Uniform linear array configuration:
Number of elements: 4
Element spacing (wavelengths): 1
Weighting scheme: uniform
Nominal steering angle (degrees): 45
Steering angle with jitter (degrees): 44.915
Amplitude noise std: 0.05
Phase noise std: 0.05

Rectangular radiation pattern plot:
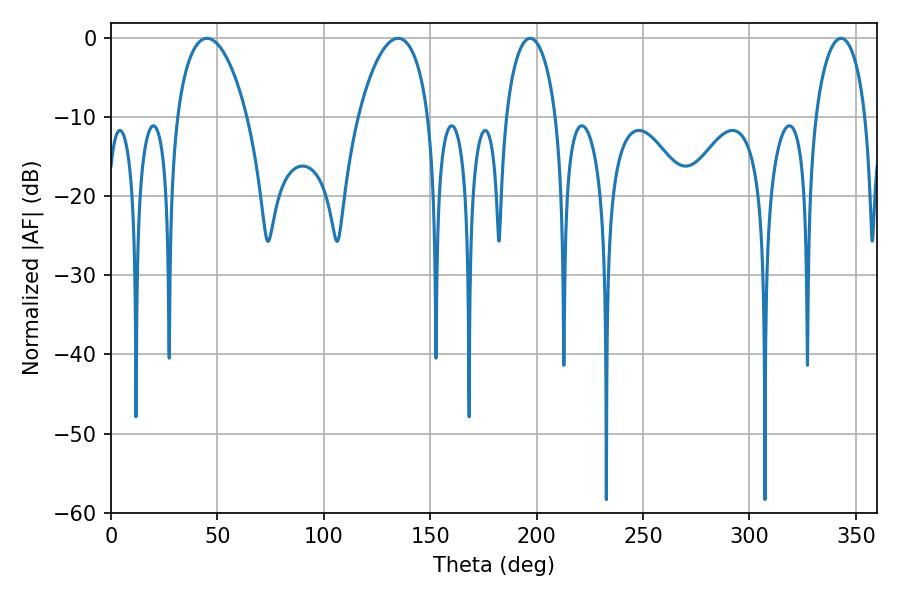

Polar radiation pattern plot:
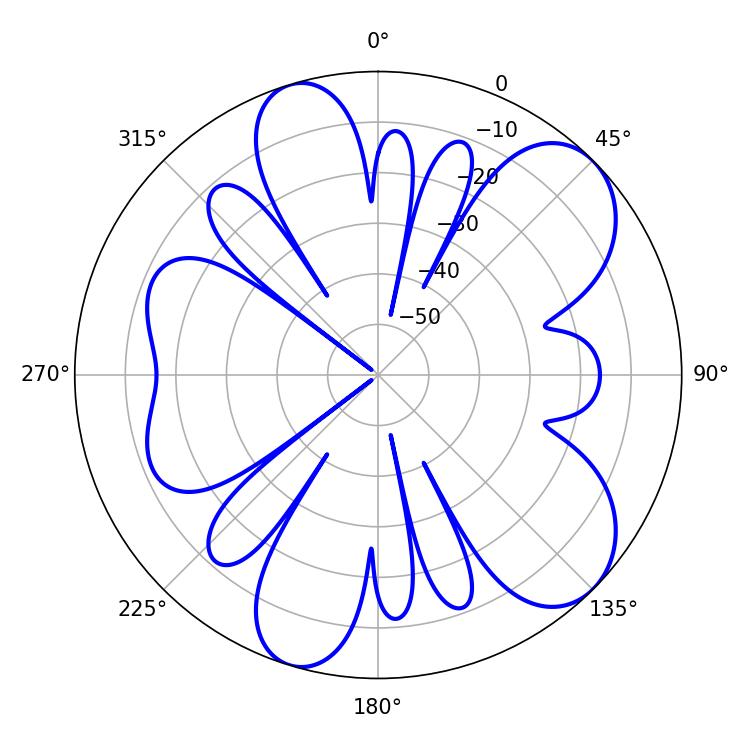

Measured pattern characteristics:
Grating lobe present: TRUE
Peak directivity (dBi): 8.279
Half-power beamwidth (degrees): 13.5
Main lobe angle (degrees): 196.92